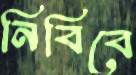
নিবিবে